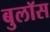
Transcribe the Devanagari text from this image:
बुलॉस